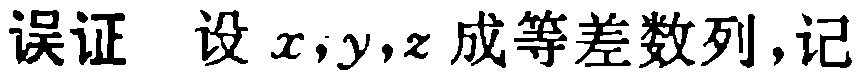
误证 设 \(x,y,z\) 成等差数列,记